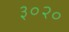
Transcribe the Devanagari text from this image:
३०२०